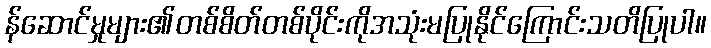
န်ဆောင်မှုများ၏တစ်စိတ်တစ်ပိုင်းကိုအသုံးမပြုနိုင်ကြောင်းသတိပြုပါ။